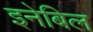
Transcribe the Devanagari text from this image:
इनेबिल